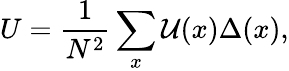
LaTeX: U=\frac{1}{N^{2}}\sum_{x}\mathcal{U}(x)\Delta(x),